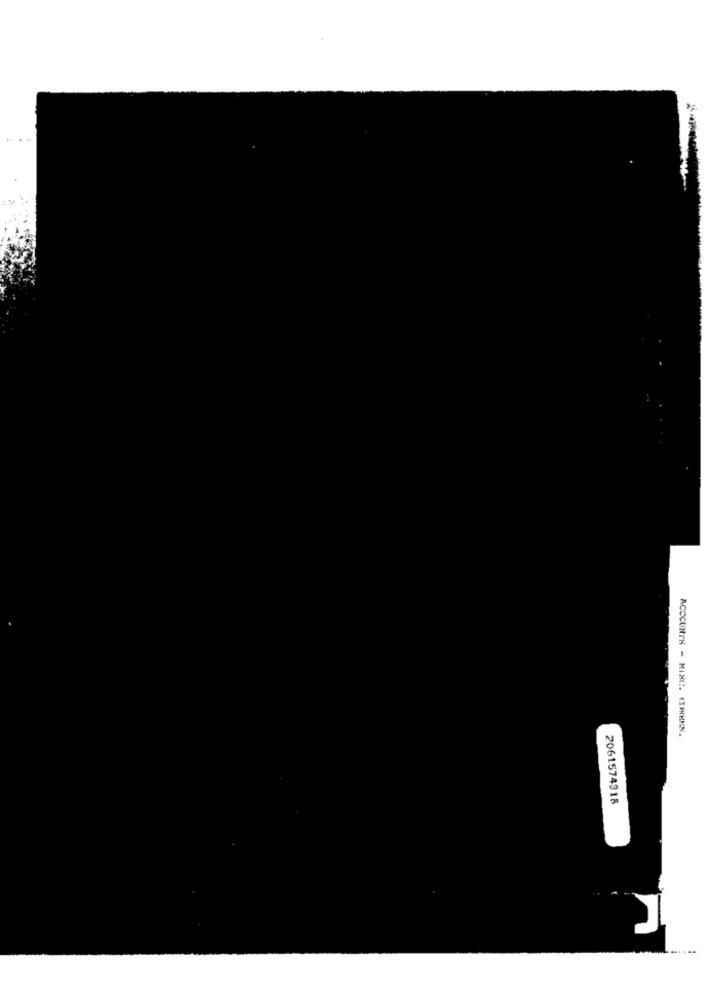
ACCCUNTS - MINI. CIMRKS.
2061574318